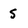
Character: 5